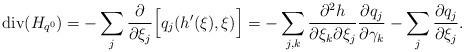
LaTeX: \begin{align*}\mathrm{div}(H_{q^{0}}) = - \sum_{j} \frac{\partial}{\partial \xi_j}\Big\lbrack q_j(h'(\xi),\xi)\Big\rbrack= - \sum_{j,k}\frac{\partial^2 h}{\partial \xi_k\partial\xi_j}\frac{\partial q_j}{\partial \gamma_k } - \sum_j \frac{\partial q_j}{\partial \xi_j}.\end{align*}